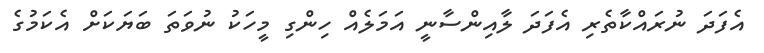
އެފަދަ ނުރައްކާތެރި އެފަދަ ލާއިންސާނީ އަމަލެއް ހިންގި މީހަކު ނުވަތަ ބަޔަކަށް އެކަމުގެ